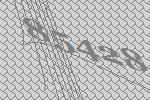
85428